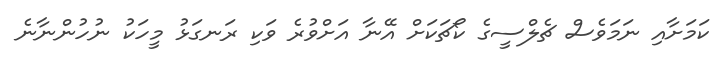
ކަމަށާއި ނަމަވެސް ޗެލްސީގެ ކޯޗަކަށް އޭނާ އަށްވުރެ ވަކި ރަނގަޅު މީހަކު ނުހުންނާނެ